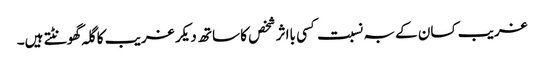
غریب کسان کے بہ نسبت کسی بااثر شخص کا ساتھ دیکر غریب کا گلہ گھونٹتے ہیں۔